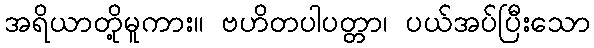
အရိယာတို့မူကား။ ဗဟိတပါပတ္တာ၊ ပယ်အပ်ပြီးသော